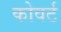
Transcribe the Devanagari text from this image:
कोवर्ट